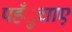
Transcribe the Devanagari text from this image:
पहँुचाए